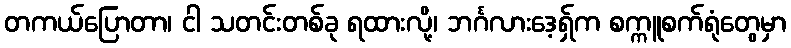
တကယ်ပြောတာ၊ ငါ သတင်းတစ်ခု ရထားလို့၊ ဘင်္ဂလားဒေ့ရှ်က စက္ကူစက်ရုံတွေမှာ